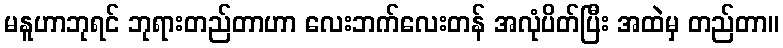
မနူဟာဘုရင် ဘုရားတည်တာဟာ လေးဘက်လေးတန် အလုံပိတ်ပြီး အထဲမှ တည်တာ။